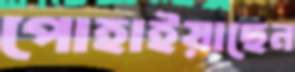
পোহাইয়াছেন